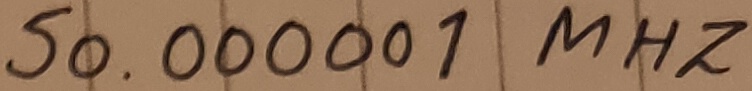
Text: 50.00001 MHZ